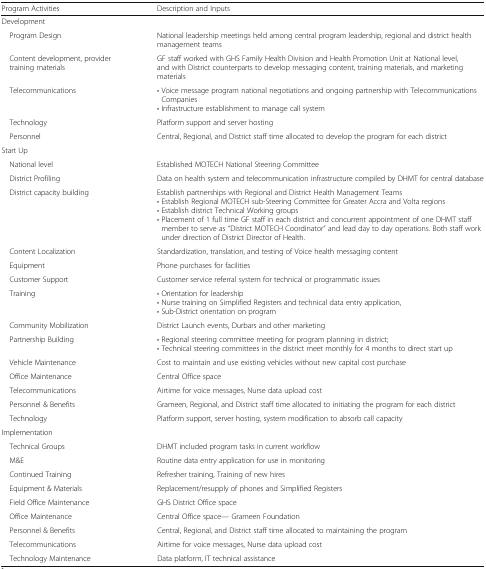
<table><thead><tr><td><b>Program Activities</b></td><td><b>Description and Inputs</b></td></tr></thead><tbody><tr><td colspan="2">Development</td></tr><tr><td> Program Design</td><td>National leadership meetings held among central program leadership, regional and district health management teams</td></tr><tr><td> Content development, provider training materials</td><td>GF staff worked with GHS Family Health Division and Health Promotion Unit at National level, and with District counterparts to develop messaging content, training materials, and marketing materials</td></tr><tr><td> Telecommunications</td><td>• Voice message program national negotiations and ongoing partnership with Telecommunications Companies• Infrastructure establishment to manage call system</td></tr><tr><td> Technology</td><td>Platform support and server hosting</td></tr><tr><td> Personnel</td><td>Central, Regional, and District staff time allocated to develop the program for each district</td></tr><tr><td colspan="2">Start Up</td></tr><tr><td> National level</td><td>Established MOTECH National Steering Committee</td></tr><tr><td> District Profiling</td><td>Data on health system and telecommunication infrastructure compiled by DHMT for central database</td></tr><tr><td> District capacity building</td><td>Establish partnerships with Regional and District Health Management Teams• Establish Regional MOTECH sub-Steering Committee for Greater Accra and Volta regions• Establish district Technical Working groups• Placement of 1 full time GF staff in each district and concurrent appointment of one DHMT staff member to serve as “District MOTECH Coordinator” and lead day to day operations. Both staff work under direction of District Director of Health.</td></tr><tr><td> Content Localization</td><td>Standardization, translation, and testing of Voice health messaging content</td></tr><tr><td> Equipment</td><td>Phone purchases for facilities</td></tr><tr><td> Customer Support</td><td>Customer service referral system for technical or programmatic issues</td></tr><tr><td> Training</td><td>• Orientation for leadership• Nurse training on Simplified Registers and technical data entry application,• Sub-District orientation on program</td></tr><tr><td> Community Mobilization</td><td>District Launch events, Durbars and other marketing</td></tr><tr><td> Partnership Building</td><td>• Regional steering committee meeting for program planning in district;• Technical steering committees in the district meet monthly for 4 months to direct start up</td></tr><tr><td> Vehicle Maintenance</td><td>Cost to maintain and use existing vehicles without new capital cost purchase</td></tr><tr><td> Office Maintenance</td><td>Central Office space</td></tr><tr><td> Telecommunications</td><td>Airtime for voice messages, Nurse data upload cost</td></tr><tr><td> Personnel &amp; Benefits</td><td>Grameen, Regional, and District staff time allocated to initiating the program for each district</td></tr><tr><td> Technology</td><td>Platform support, server hosting, system modification to absorb call capacity</td></tr><tr><td colspan="2">Implementation</td></tr><tr><td> Technical Groups</td><td>DHMT included program tasks in current workflow</td></tr><tr><td> M&amp;E</td><td>Routine data entry application for use in monitoring</td></tr><tr><td> Continued Training</td><td>Refresher training, Training of new hires</td></tr><tr><td> Equipment &amp; Materials</td><td>Replacement/resupply of phones and Simplified Registers</td></tr><tr><td> Field Office Maintenance</td><td>GHS District Office space</td></tr><tr><td> Office Maintenance</td><td>Central Office space— Grameen Foundation</td></tr><tr><td> Personnel &amp; Benefits</td><td>Central, Regional, and District staff time allocated to maintaining the program</td></tr><tr><td> Telecommunications</td><td>Airtime for voice messages, Nurse data upload cost</td></tr><tr><td> Technology Maintenance</td><td>Data platform, IT technical assistance</td></tr></tbody></table>